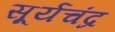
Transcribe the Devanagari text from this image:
सू्र्यचंद्र